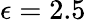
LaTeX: \epsilon=2.5